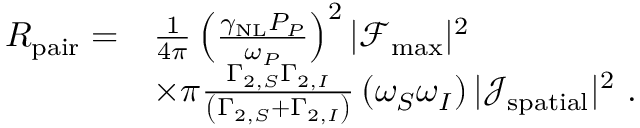
\begin{array} { r l } { R _ { \mathrm { p a i r } } = } & { \frac { 1 } { 4 \pi } \left( \frac { \gamma _ { \mathrm { N L } } P _ { P } } { \omega _ { P } } \right) ^ { 2 } | \mathcal { F } _ { \mathrm { m a x } } | ^ { 2 } } \\ & { \times \pi \frac { \Gamma _ { 2 , S } \Gamma _ { 2 , I } } { \left( \Gamma _ { 2 , S } + \Gamma _ { 2 , I } \right) } \left( \omega _ { S } \omega _ { I } \right) | \mathcal { J } _ { \mathrm { s p a t i a l } } | ^ { 2 } \ . } \end{array}